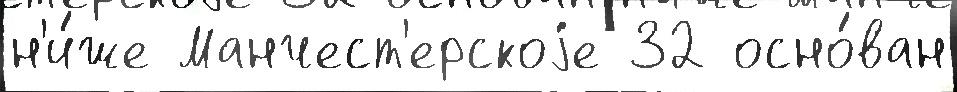
н'и́же Манчест'ерскоjе 32 осно́ван